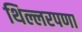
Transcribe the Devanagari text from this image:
थिल्लरपणा